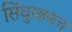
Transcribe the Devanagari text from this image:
सिंधुरक्षकचे